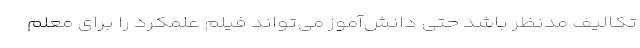
تکالیف مدنظر باشد حتی دانش‌آموز می‌تواند فیلم علمکرد را برای معلم